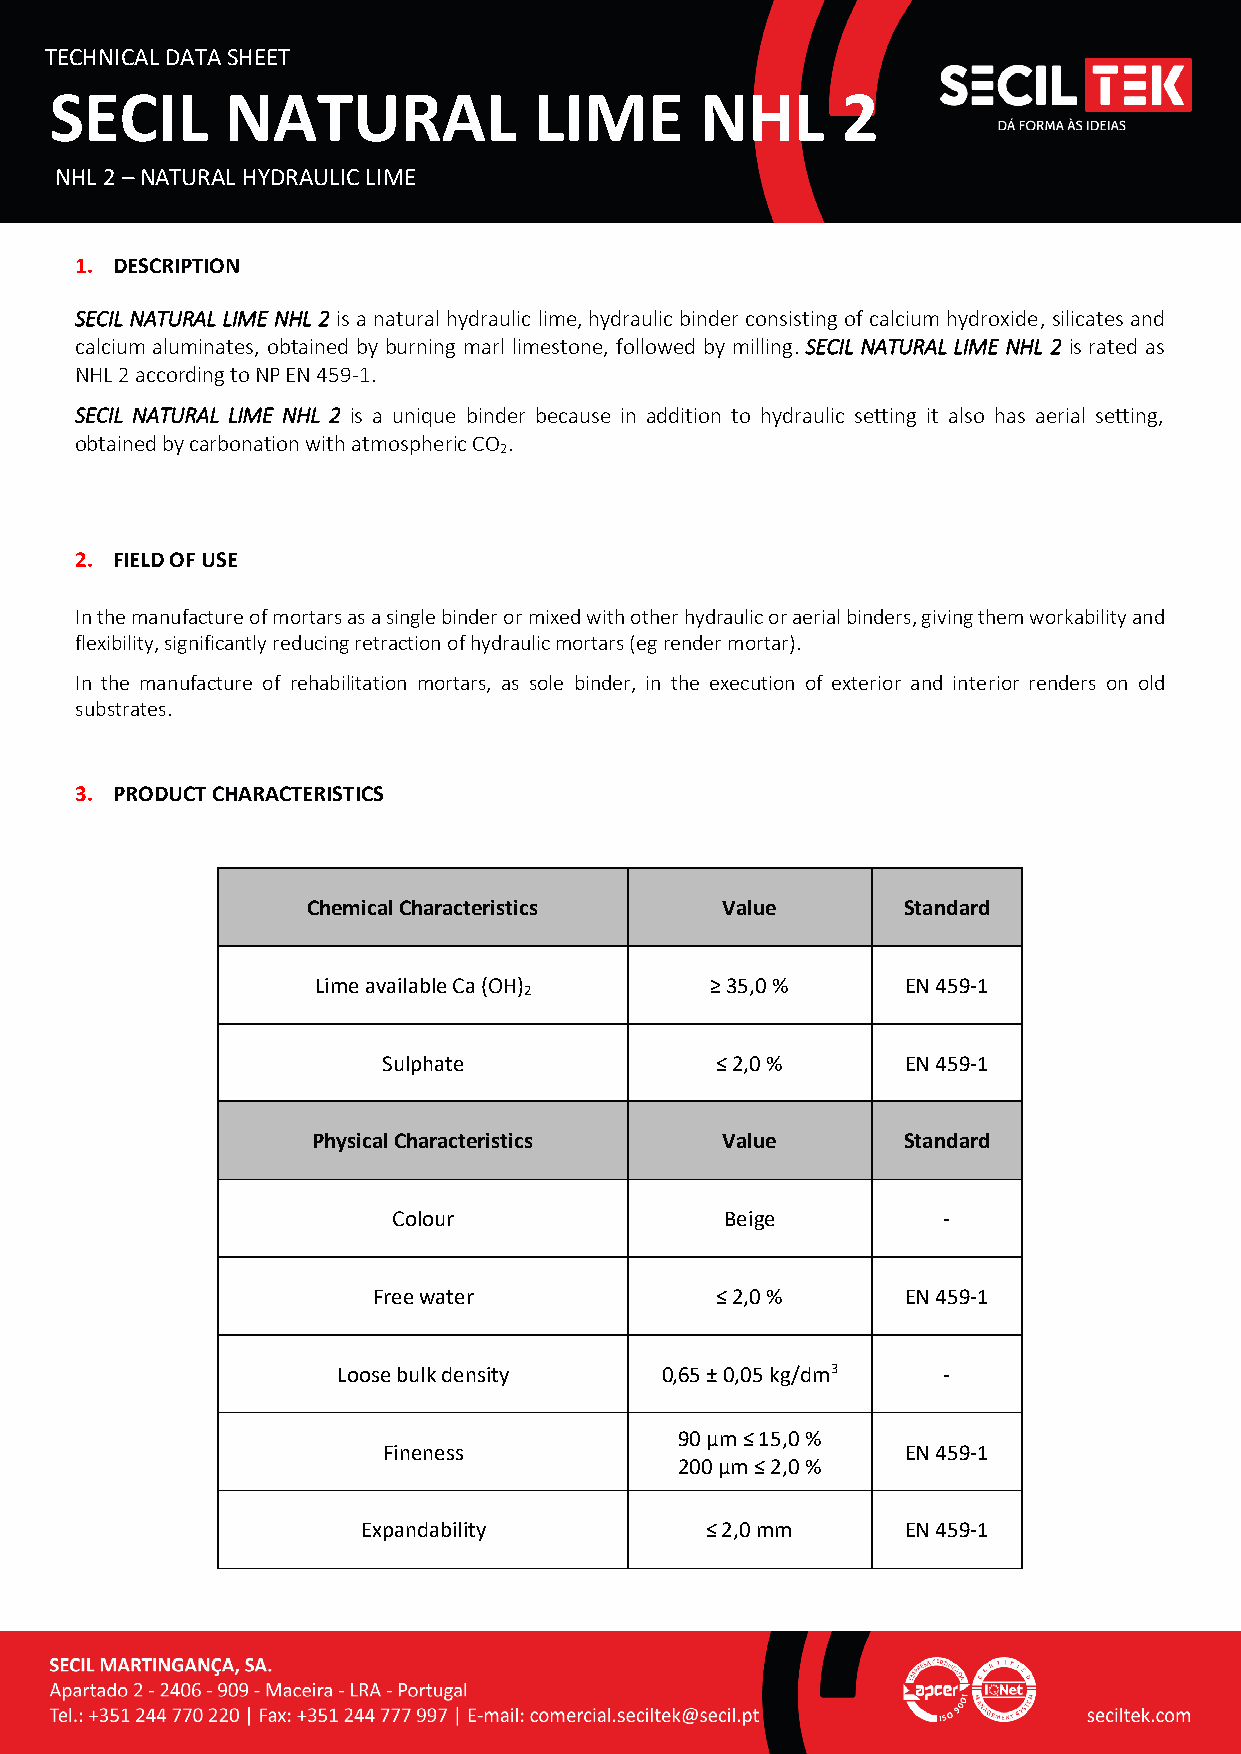
TECHNICAL DATA SHEET
 SECIL       NATURAL             LIME       NHL       2
 NHL 2 – NATURAL HYDRAULIC LIME
 1. DESCRIPTION
 SECIL NATURAL LIME NHL 2 is a natural hydraulic lime, hydraulic binder consisting of calcium hydroxide, silicates and
 calcium aluminates, obtained by burning marl limestone, followed by milling. SECIL NATURAL LIME NHL 2 is rated as
 NHL 2 according to NP EN 459-1.
 SECIL NATURAL LIME NHL 2 is a unique binder because in addition to hydraulic setting it also has aerial setting,
 obtained by carbonation with atmospheric CO .
 2
 2. FIELD OF USE
 In the manufacture of mortars as a single binder or mixed with other hydraulic or aerial binders, giving them workability and
 flexibility, significantly reducing retraction of hydraulic mortars (eg render mortar).
 In the manufacture of rehabilitation mortars, as sole binder, in the execution of exterior and interior renders on old
 substrates.
 3. PRODUCT CHARACTERISTICS
 Chemical Characteristics    Value       Standard
 Lime available Ca (OH)    ≥ 35,0 %     EN 459-1
 2
 Sulphate              ≤ 2,0 %      EN 459-1
 Physical Characteristics   Value       Standard
 Colour                Beige         -
 Free water            ≤ 2,0 %      EN 459-1
 Loose bulk density    0,65 ± 0,05 kg/dm3 -
 90 µm ≤ 15,0 %
 Fineness                           EN 459-1
 200 µm ≤ 2,0 %
 Expandability          ≤ 2,0 mm     EN 459-1